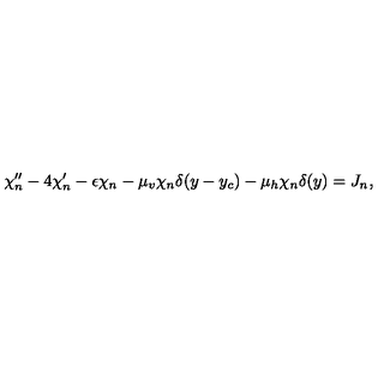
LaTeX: \chi _ { n } ^ { \prime \prime } - 4 \chi _ { n } ^ { \prime } - \epsilon \chi _ { n } - \mu _ { v } \chi _ { n } \delta ( y - y _ { c } ) - \mu _ { h } \chi _ { n } \delta ( y ) = J _ { n } ,